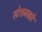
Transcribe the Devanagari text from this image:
स्टेशनको